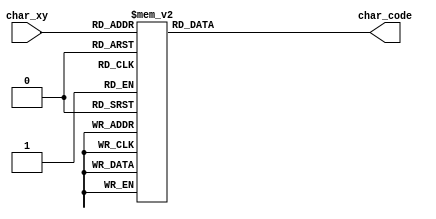
`timescale 1ns / 1ps
//////////////////////////////////////////////////////////////////////////////////
// Company: 
// Engineer: 
// 
// Design Name: 
// Module Name: char_rom_16x16
// Project Name: 
// Target Devices: 
// Tool Versions: 
// Description: 
// 
// Dependencies: 
// 
// Revision:
// Revision 0.01 - File Created
// Additional Comments:
// 
//////////////////////////////////////////////////////////////////////////////////

/*
*MO-created module, based on design from laboratory classes
*
*/

module char_rom_16x16(
    output reg [6:0] char_code,
    
    input wire [7:0] char_xy
    );

     
always @*
    case(char_xy) 
        8'h0: char_code = 7'h20; //
        8'h1: char_code = 7'h20; //
        8'h2: char_code = 7'h20; //
        8'h3: char_code = 7'h20; //
        8'h4: char_code = 7'h20; //
        8'h5: char_code = 7'h20; //
        8'h6: char_code = 7'h20; //
        8'h7: char_code = 7'h20; // 
        8'h8: char_code = 7'h20; //
        8'h9: char_code = 7'h20; //
        8'hA: char_code = 7'h20; // 
        8'hB: char_code = 7'h20; //
        8'hC: char_code = 7'h20; //
        8'hD: char_code = 7'h20; //
        8'hE: char_code = 7'h20; //
        8'hF: char_code = 7'h20; //
        8'h10: char_code = 7'h20; //
        8'h11: char_code = 7'h20; //
        8'h12: char_code = 7'h20; //
        8'h13: char_code = 7'h20; //
        8'h14: char_code = 7'h20; // 
        8'h15: char_code = 7'h20; //
        8'h16: char_code = 7'h20; //
        8'h17: char_code = 7'h20; //
        8'h18: char_code = 7'h20; //
        8'h19: char_code = 7'h20; //
        8'h1A: char_code = 7'h20; // 
        8'h1B: char_code = 7'h20; //
        8'h1C: char_code = 7'h20; //
        8'h1D: char_code = 7'h20; //
        8'h1E: char_code = 7'h20; // 
        8'h1F: char_code = 7'h20; //
        8'h20: char_code = 7'h20; //
        8'h21: char_code = 7'h20; // 
        8'h22: char_code = 7'h20; //
        8'h23: char_code = 7'h20; //
        8'h24: char_code = 7'h20; //
        8'h25: char_code = 7'h53; //S
        8'h26: char_code = 7'h49; //I
        8'h27: char_code = 7'h4E; //N
        8'h28: char_code = 7'h47; //G
        8'h29: char_code = 7'h4C; //L
        8'h2A: char_code = 7'h45; //E
        8'h2B: char_code = 7'h20; //
        8'h2C: char_code = 7'h20; // 
        8'h2D: char_code = 7'h20; //
        8'h2E: char_code = 7'h20; //
        8'h2F: char_code = 7'h20; // 
        8'h30: char_code = 7'h20; //
        8'h31: char_code = 7'h20; //
        8'h32: char_code = 7'h20; //
        8'h33: char_code = 7'h20; //
        8'h34: char_code = 7'h20; //
        8'h35: char_code = 7'h20; // 
        8'h36: char_code = 7'h20; //
        8'h37: char_code = 7'h20; //
        8'h38: char_code = 7'h20; // 
        8'h39: char_code = 7'h20; //
        8'h3A: char_code = 7'h20; //
        8'h3B: char_code = 7'h20; // 
        8'h3C: char_code = 7'h20; //
        8'h3D: char_code = 7'h20; //
        8'h3E: char_code = 7'h20; //
        8'h3F: char_code = 7'h20; // 
        8'h40: char_code = 7'h20; //
        8'h41: char_code = 7'h20; //
        8'h42: char_code = 7'h20; //
        8'h43: char_code = 7'h20; //
        8'h44: char_code = 7'h20; //
        8'h45: char_code = 7'h20; //
        8'h46: char_code = 7'h20; //
        8'h47: char_code = 7'h20; //
        8'h48: char_code = 7'h20; //
        8'h49: char_code = 7'h20; // 
        8'h4A: char_code = 7'h20; //
        8'h4B: char_code = 7'h20; //
        8'h4C: char_code = 7'h20; //
        8'h4D: char_code = 7'h20; //
        8'h4E: char_code = 7'h20; //
        8'h4F: char_code = 7'h20; //
        8'h50: char_code = 7'h20; //
        8'h51: char_code = 7'h20; // 
        8'h52: char_code = 7'h20; //
        8'h53: char_code = 7'h20; //
        8'h54: char_code = 7'h20; // 
        8'h55: char_code = 7'h20; //
        8'h56: char_code = 7'h20; //
        8'h57: char_code = 7'h20; //
        8'h58: char_code = 7'h20; //
        8'h59: char_code = 7'h20; //
        8'h5A: char_code = 7'h20; //
        8'h5B: char_code = 7'h20; //
        8'h5C: char_code = 7'h20; // 
        8'h5D: char_code = 7'h20; //
        8'h5E: char_code = 7'h20; //
        8'h5F: char_code = 7'h20; //
        8'h60: char_code = 7'h20; //
        8'h61: char_code = 7'h20; //
        8'h62: char_code = 7'h20; //
        8'h63: char_code = 7'h20; //
        8'h64: char_code = 7'h20; //
        8'h65: char_code = 7'h20; //
        8'h66: char_code = 7'h20; //
        8'h67: char_code = 7'h20; //
        8'h68: char_code = 7'h20; //
        8'h69: char_code = 7'h20; //
        8'h6A: char_code = 7'h20; // 
        8'h6B: char_code = 7'h20; //
        8'h6C: char_code = 7'h20; //
        8'h6D: char_code = 7'h20; //
        8'h6E: char_code = 7'h20; //
        8'h6F: char_code = 7'h20; //
        8'h70: char_code = 7'h20; //
        8'h71: char_code = 7'h20; // 
        8'h72: char_code = 7'h20; //
        8'h73: char_code = 7'h20; //
        8'h74: char_code = 7'h20; //
        8'h75: char_code = 7'h20; //
        8'h76: char_code = 7'h20; // 
        8'h77: char_code = 7'h20; //
        8'h78: char_code = 7'h20; //
        8'h79: char_code = 7'h20; //
        8'h7A: char_code = 7'h20; // 
        8'h7B: char_code = 7'h20; //
        8'h7C: char_code = 7'h20; //
        8'h7D: char_code = 7'h20; //
        8'h7E: char_code = 7'h20; //
        8'h7F: char_code = 7'h20; // 
        8'h80: char_code = 7'h20; //
        8'h81: char_code = 7'h20; //
        8'h82: char_code = 7'h20; //
        8'h83: char_code = 7'h20; // 
        8'h84: char_code = 7'h20; //
        8'h85: char_code = 7'h20; //
        8'h86: char_code = 7'h20; //
        8'h87: char_code = 7'h20; //
        8'h88: char_code = 7'h20; //
        8'h89: char_code = 7'h20; //
        8'h8A: char_code = 7'h20; //
        8'h8B: char_code = 7'h20; //
        8'h8C: char_code = 7'h20; // 
        8'h8D: char_code = 7'h20; //
        8'h8E: char_code = 7'h20; // 
        8'h8F: char_code = 7'h20; //
        8'h90: char_code = 7'h20; //
        8'h91: char_code = 7'h20; //
        8'h92: char_code = 7'h20; //
        8'h93: char_code = 7'h20; // 
        8'h94: char_code = 7'h20; //
        8'h95: char_code = 7'h20; //
        8'h96: char_code = 7'h20; // 
        8'h97: char_code = 7'h20; //
        8'h98: char_code = 7'h20; //
        8'h99: char_code = 7'h20; // 
        8'h9A: char_code = 7'h20; //
        8'h9B: char_code = 7'h20; //
        8'h9C: char_code = 7'h20; //
        8'h9D: char_code = 7'h20; //
        8'h9E: char_code = 7'h20; //
        8'h9F: char_code = 7'h20; //
        8'hA0: char_code = 7'h20; //
        8'hA1: char_code = 7'h20; //
        8'hA2: char_code = 7'h20; // 
        8'hA3: char_code = 7'h20; //
        8'hA4: char_code = 7'h20; //
        8'hA5: char_code = 7'h20; //
        8'hA6: char_code = 7'h20; // 
        8'hA7: char_code = 7'h20; //
        8'hA8: char_code = 7'h20; //
        8'hA9: char_code = 7'h20; //
        8'hAA: char_code = 7'h20; // 
        8'hAB: char_code = 7'h20; //
        8'hAC: char_code = 7'h20; //
        8'hAD: char_code = 7'h20; //
        8'hAE: char_code = 7'h20; //
        8'hAF: char_code = 7'h20; // 
        8'hB0: char_code = 7'h20; //
        8'hB1: char_code = 7'h20; //
        8'hB2: char_code = 7'h20; // 
        8'hB3: char_code = 7'h20; //
        8'hB4: char_code = 7'h20; //
        8'hB5: char_code = 7'h20; //
        8'hB6: char_code = 7'h20; //
        8'hB7: char_code = 7'h20; //
        8'hB8: char_code = 7'h20; //
        8'hB9: char_code = 7'h20; //
        8'hBA: char_code = 7'h20; //
        8'hBB: char_code = 7'h20; //
        8'hBC: char_code = 7'h20; //
        8'hBD: char_code = 7'h20; // 
        8'hBE: char_code = 7'h20; //
        8'hBF: char_code = 7'h20; //
        8'hC0: char_code = 7'h20; //
        8'hC1: char_code = 7'h20; //
        8'hC2: char_code = 7'h20; //
        8'hC3: char_code = 7'h20; //
        8'hC4: char_code = 7'h20; //
        8'hC5: char_code = 7'h20; // 
        8'hC6: char_code = 7'h20; //
        8'hC7: char_code = 7'h20; //
        8'hC8: char_code = 7'h20; //
        8'hC9: char_code = 7'h20; // 
        8'hCA: char_code = 7'h20; //
        8'hCB: char_code = 7'h20; // 
        8'hCC: char_code = 7'h20; //
        8'hCD: char_code = 7'h20; //
        8'hCE: char_code = 7'h20; //
        8'hCF: char_code = 7'h20; // 
        8'hD0: char_code = 7'h20; //
        8'hD1: char_code = 7'h20; //
        8'hD2: char_code = 7'h20; //
        8'hD3: char_code = 7'h20; //
        8'hD4: char_code = 7'h20; // 
        8'hD5: char_code = 7'h20; //
        8'hD6: char_code = 7'h20; //
        8'hD7: char_code = 7'h20; //
        8'hD8: char_code = 7'h20; //
        8'hD9: char_code = 7'h20; //
        8'hDA: char_code = 7'h20; // 
        8'hDB: char_code = 7'h20; //
        8'hDC: char_code = 7'h20; //
        8'hDD: char_code = 7'h20; //
        8'hDE: char_code = 7'h20; // 
        8'hDF: char_code = 7'h20; //
        8'hE0: char_code = 7'h20; //
        8'hE1: char_code = 7'h20; // 
        8'hE2: char_code = 7'h20; //
        8'hE3: char_code = 7'h20; // 
        8'hE4: char_code = 7'h20; //
        8'hE5: char_code = 7'h20; //
        8'hE6: char_code = 7'h20; // 
        8'hE7: char_code = 7'h20; //
        8'hE8: char_code = 7'h20; //
        8'hE9: char_code = 7'h20; // 
        8'hEA: char_code = 7'h20; //
        8'hEB: char_code = 7'h20; //
        8'hEC: char_code = 7'h20; //
        8'hED: char_code = 7'h20; // 
        8'hEE: char_code = 7'h20; //
        8'hEF: char_code = 7'h20; //
        8'hF0: char_code = 7'h20; //
        8'hF1: char_code = 7'h20; //
        8'hF2: char_code = 7'h20; //
        8'hF3: char_code = 7'h20; //
        8'hF4: char_code = 7'h20; //
        8'hF5: char_code = 7'h20; // 
        8'hF6: char_code = 7'h20; //
        8'hF7: char_code = 7'h20; //
        8'hF8: char_code = 7'h20; //
        8'hF9: char_code = 7'h20; //
        8'hFA: char_code = 7'h20; //
        8'hFB: char_code = 7'h20; //
        8'hFC: char_code = 7'h20; //
        8'hFD: char_code = 7'h20; // 
        8'hFE: char_code = 7'h20; //
        8'hFF: char_code = 7'h20; //  
    endcase
    

endmodule